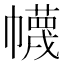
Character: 幭